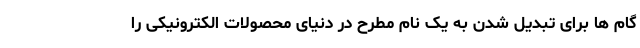
گام ها برای تبدیل شدن به یک نام مطرح در دنیای محصولات الکترونیکی را